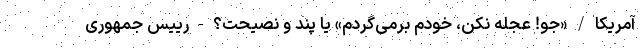
آمریکا / «جو! عجله نکن، خودم بر‌می‌گردم» یا پند و نصیحت؟ - رییس جمهوری